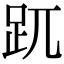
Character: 𧿁